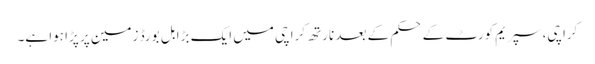
کراچی، سپریم کورٹ کے حکم کے بعد نارتھ کراچی میں ایک بڑا بل بورڈ زمین پر پڑا ہوا ہے۔